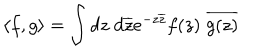
LaTeX: \langle f , g \rangle = \int d z \; d \overline { { { z } } } e ^ { - z \overline { { { z } } } } f ( z ) \; \overline { { { g ( z ) } } }